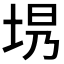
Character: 𪣍